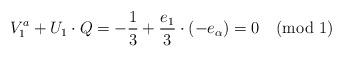
LaTeX: \begin{align*}V^a_1 + U_1 \cdot Q =-{1 \over 3} + {e_{1} \over 3} \cdot (-e_{\alpha}) = 0 \pmod{1}\end{align*}